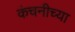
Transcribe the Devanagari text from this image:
कंचनीच्या